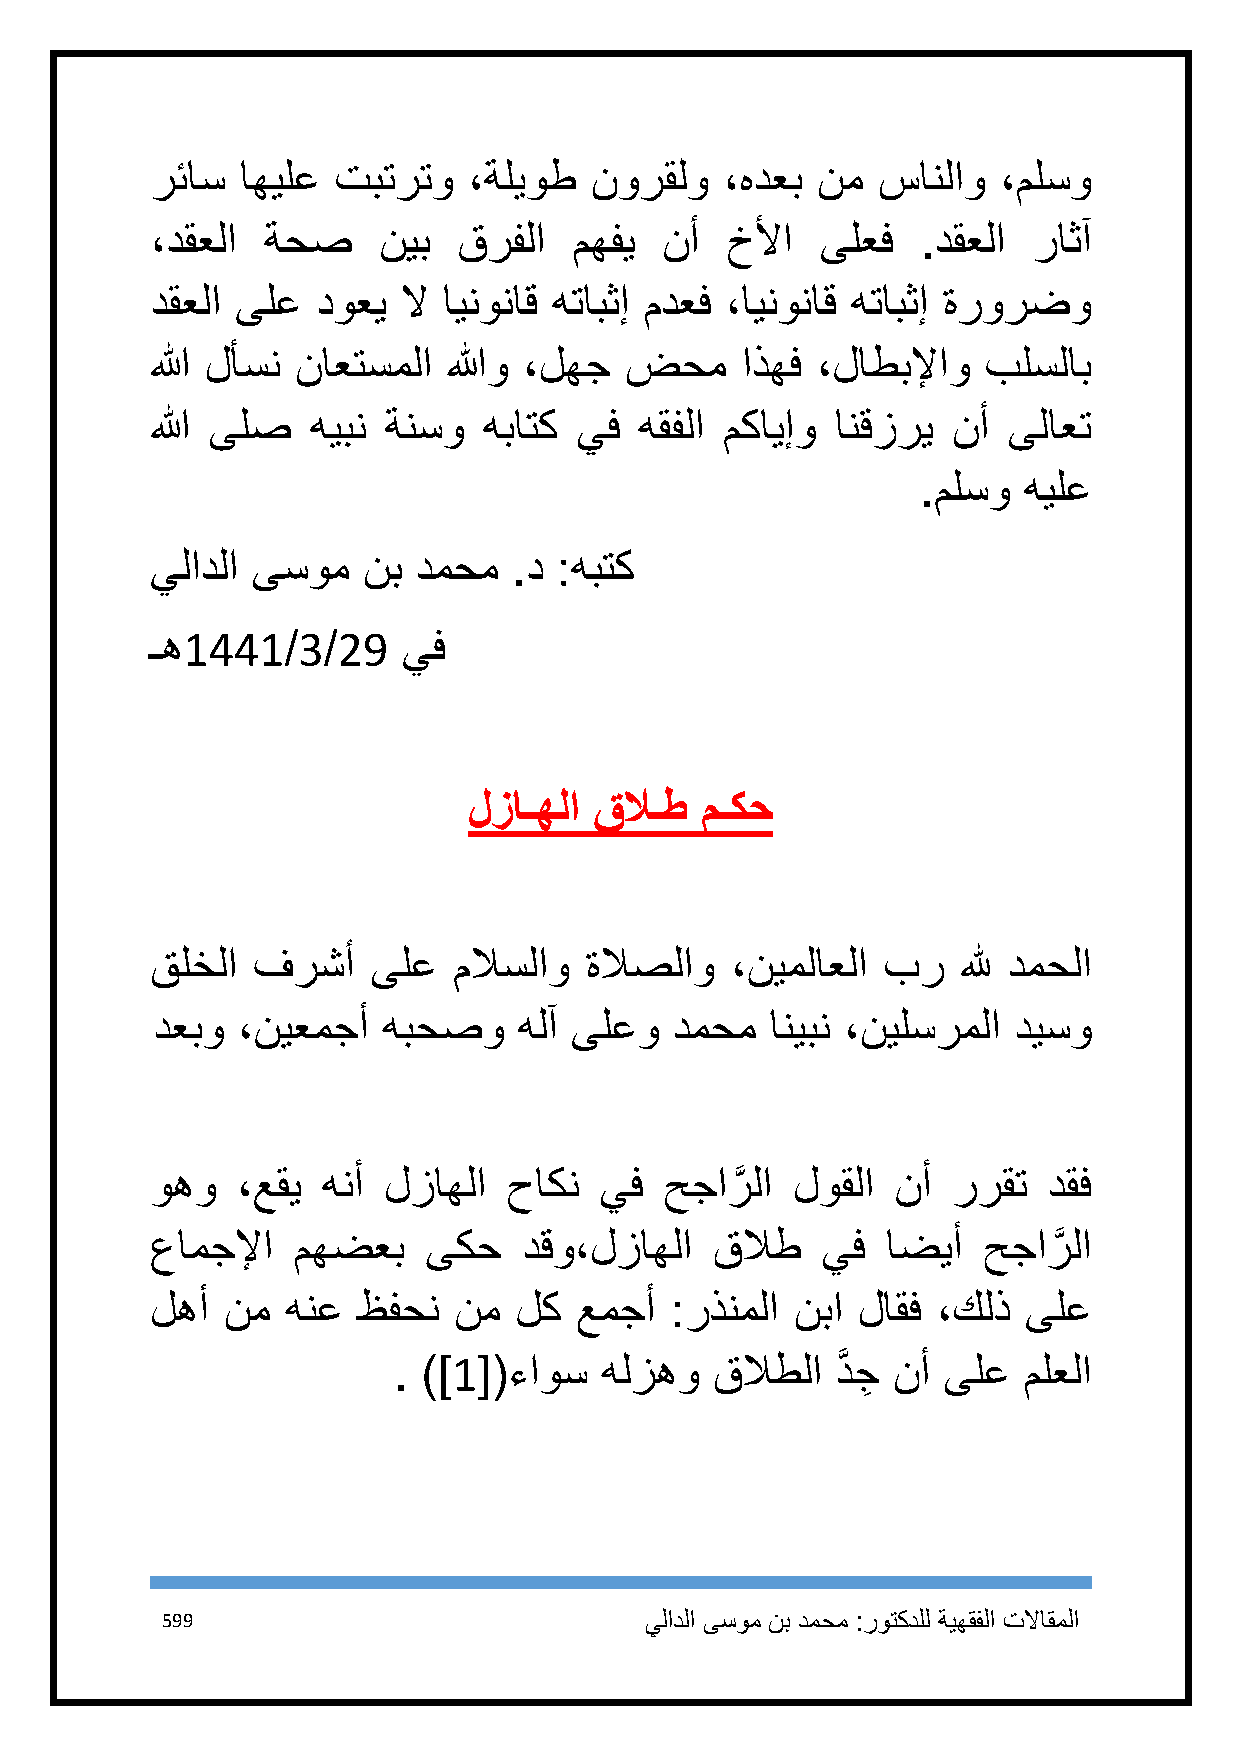
رئاس  اهيلع تبترتو   ،ةليوط  نورقلو   ،هدعب نم  سانلاو  ،ملسو
 ،دقعلا ةحص     نيب  قرفلا   مهفي  نأ  خلأا  ىلعف   .دقعلا راثآ
 دقعلا ىلع  دوعي  لا اينوناق هتابثإ مدعف ،اينوناق هتابثإ ةرورضو
 الله لأسن ناعتسملا  اللهو ،لهج ضحم     اذهف ،لاطبلإاو  بلسلاب
 الله ىلص   هيبن ةنسو  هباتك يف  هقفلا مكايإو انقزري  نأ  ىلاعت
 .ملسو  هيلع
 يلادلا ىسوم   نب دمحم   .د :هبتك
 ـه1441/3/29      يف
 لزاـهلا قلاـط  مـكح
 قلخلا  فرشأ    ىلع  ملاسلاو  ةلاصلاو  ،نيملاعلا بر    لله دمحلا
 دعبو  ،نيعمجأ  هبحصو    هلآ ىلعو   دمحم  انيبن ،نيلسرملا ديسو
 وهو   ،عقي هنأ لزاهلا   حاكن  يف  حجارَّ لا لوقلا نأ ررقت  دقف
 عامجلإا  مهضعب    ىكح    دقو،لزاهلا  قلاط   يف   اضيأ  حجارَّ لا
 لهأ  نم  هنع  ظفحن  نم  لك  عمجأ  :رذنملا  نبا لاقف ،كلذ  ىلع
 . )]1[(ءاوس   هلزهو  قلاطلا  دَّ جِ نأ ىلع ملعلا
 599                             يلادلا ىسوم نب دمحم :روتكدلل ةيهقفلا تلااقملا